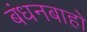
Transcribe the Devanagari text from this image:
बंधनबाहो